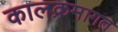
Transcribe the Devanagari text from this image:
कालक्रमागत